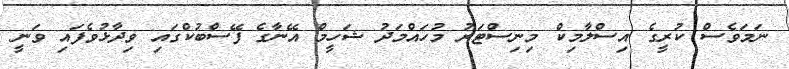
ނަމަވެސް ކުރީގެ އިސްލާމިކް މިނިސްޓަރު މުހައްމަދު ޝަހީމް އޭނާގެ ފޭސްބުކްގައި ވިދާޅުވެފައި ވަނީ